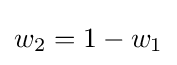
\textstyle w_{2}=1-w_{1}